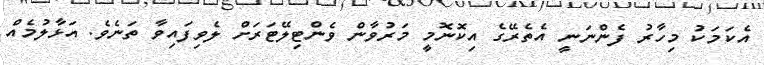
އެކަމަކު މިހާރު ފެންނަނީ އެތެރޭގެ އިކޮނޮމީ މަރުވާން ވެންޓިލޭޓަރަށް ލެވިފައިވާ ތަނެވެ. އަޅާލުމެއް